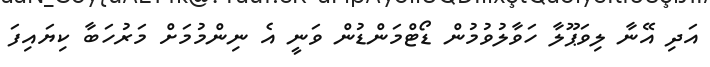
އަދި އޭނާ ލިވަޕޫލާ ހަވާލުވުމުން ޑޯޓްމަންޑުން ވަނީ އެ ނިންމުމަށް މަރުހަބާ ކިޔައިފަ